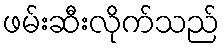
ဖမ်းဆီးလိုက်သည်